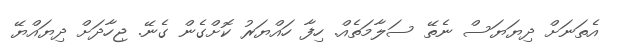
އެތަނަށް ދިޔަޔަސް ނެތޭ ސަލާމަތެއް. ހިފާ ހައްޔަރު ކޮށްގެން ގެނޭ. ޖިހާދަށް ދިޔައްޔޭ